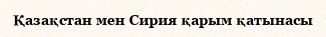
Қазақстан мен Сирия қарым қатынасы